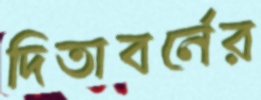
দিতাবর্নের